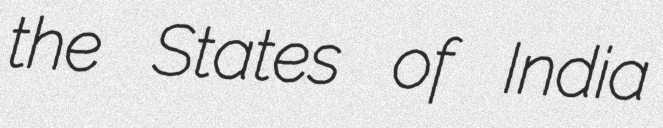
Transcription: the States of India